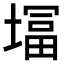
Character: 𭏨